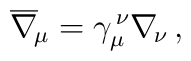
\overline\nabla_{\!\mu}=\gamma_\mu^{\,\nu}\nabla_{\!\nu}\,,